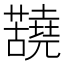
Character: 𫊐